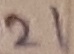
Text: 21